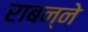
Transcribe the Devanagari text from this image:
राबन्ने